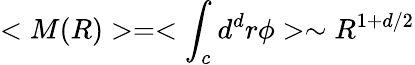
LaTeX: <M(R)>=<\int_{c}d^{d}r\phi>\sim R^{1+d/2}